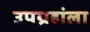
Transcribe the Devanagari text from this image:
उपग्रहांला